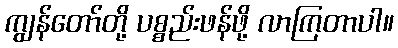
ကျွန်တော်တို့ ပစ္စည်းဖန်ဖို့ လာကြတာပါ။